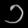
Digit: ၁